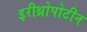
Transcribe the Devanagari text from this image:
इरीथ्रोपोटीन